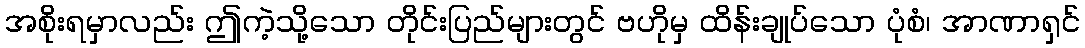
အစိုးရမှာလည်း ဤကဲ့သို့သော တိုင်းပြည်များတွင် ဗဟိုမှ ထိန်းချုပ်သော ပုံစံ၊ အာဏာရှင်